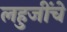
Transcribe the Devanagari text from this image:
लहुजींचे